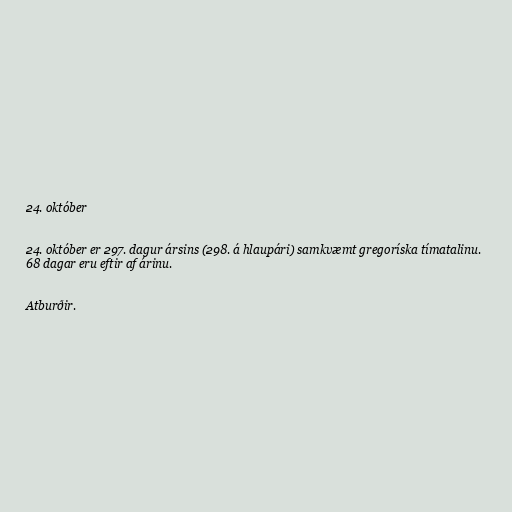
24. október

24. október er 297. dagur ársins (298. á hlaupári) samkvæmt gregoríska tímatalinu.
68 dagar eru eftir af árinu.

Atburðir.